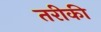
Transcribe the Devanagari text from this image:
तरीकी